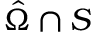
\hat { \Omega } \cap \cal S